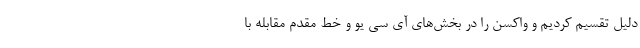
دلیل تقسیم کردیم و واکسن را در بخش‌های آی سی یو و خط مقدم مقابله با